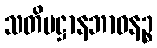
သတိပဋ္ဌာနဘာဝနဉ္စ